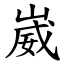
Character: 崴